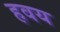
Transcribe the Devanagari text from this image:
हवय